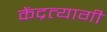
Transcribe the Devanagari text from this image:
केंद्रत्यागी